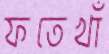
ফতেখাঁ